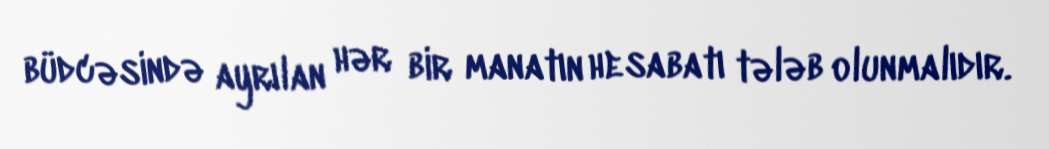
büdcəsində ayrılan hər bir manatın hesabatı tələb olunmalıdır.